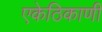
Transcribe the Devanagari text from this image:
एकेठिकाणी